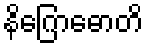
နိဂြောဓောတိ